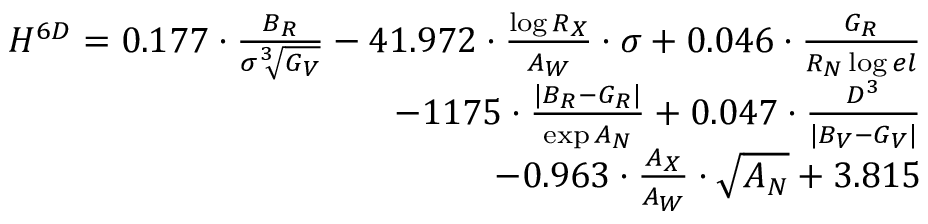
\begin{array} { r } { { H ^ { 6 D } = 0 . 1 7 7 \cdot \frac { B _ { R } } { \sigma \sqrt [ 3 ] { G _ { V } } } - 4 1 . 9 7 2 \cdot \frac { \log { R _ { X } } } { A _ { W } } \cdot \sigma + 0 . 0 4 6 \cdot \frac { G _ { R } } { R _ { N } \log { e l } } } } \\ { { - 1 1 7 5 \cdot \frac { | B _ { R } - G _ { R } | } { \exp { A _ { N } } } + 0 . 0 4 7 \cdot \frac { D ^ { 3 } } { | B _ { V } - G _ { V } | } } } \\ { { - 0 . 9 6 3 \cdot \frac { A _ { X } } { A _ { W } } \cdot \sqrt { A _ { N } } + 3 . 8 1 5 } } \end{array}